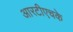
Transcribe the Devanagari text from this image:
आरटीएचके